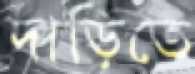
দাড়িতে